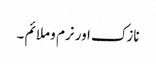
نازک اور نرم و ملائم ۔